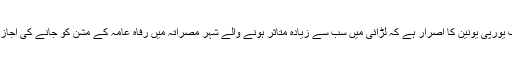
دوسری جانب یورپی یونین کا اصرار ہے کہ لڑائی میں سب سے زیادہ متاثر ہونے والے شہر مصراتہ میں رفاہ عامہ کے مشن کو جانے کی اجازت دی جائے۔